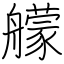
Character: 艨